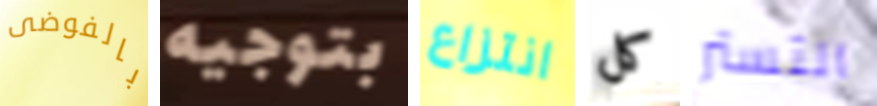
بالفوضى بتوجيه انتزاع كل التستر